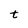
Character: t